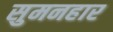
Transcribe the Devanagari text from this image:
सुमनहार